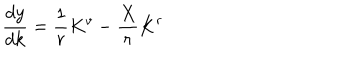
LaTeX: \frac { d y } { d k } = \frac { 1 } { r } K ^ { v } - \frac { X } { r } K ^ { r }